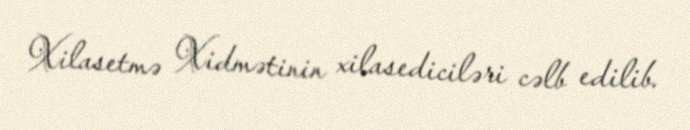
Xilasetmə Xidmətinin xilasediciləri cəlb edilib.